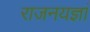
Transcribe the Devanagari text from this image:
राजनयज्ञां